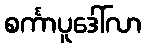
စင်္ကာပူဒေါ်လာ